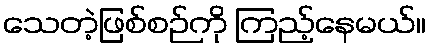
သေတဲ့ဖြစ်စဉ်ကို ကြည့်နေမယ်။